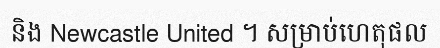
និង Newcastle United ។ សម្រាប់ហេតុផល